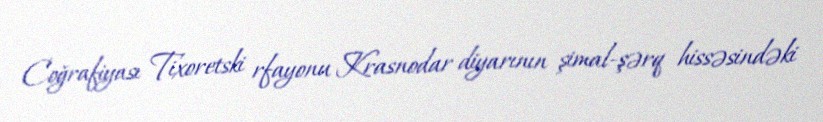
Coğrafiyası Tixoretski rfayonu Krasnodar diyarının şimal-şərq hissəsindəki